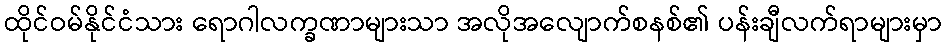
ထိုင်ဝမ်နိုင်ငံသား ရောဂါလက္ခဏာများသာ အလိုအလျောက်စနစ်၏ ပန်းချီလက်ရာများမှာ